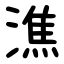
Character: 潐